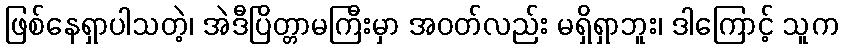
ဖြစ်နေရှာပါသတဲ့၊ အဲဒီပြိတ္တာမကြီးမှာ အဝတ်လည်း မရှိရှာဘူး၊ ဒါကြောင့် သူက